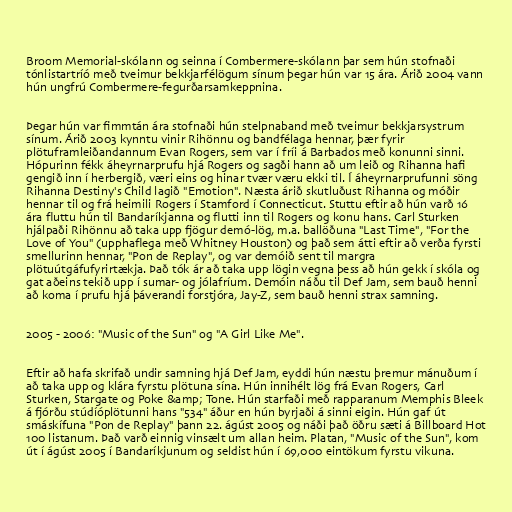
Broom Memorial-skólann og seinna í Combermere-skólann þar sem hún stofnaði
tónlistartríó með tveimur bekkjarfélögum sínum þegar hún var 15 ára. Árið 2004 vann
hún ungfrú Combermere-fegurðarsamkeppnina.

Þegar hún var fimmtán ára stofnaði hún stelpnaband með tveimur bekkjarsystrum
sínum. Árið 2003 kynntu vinir Rihönnu og bandfélaga hennar, þær fyrir
plötuframleiðandannum Evan Rogers, sem var í fríi á Barbados með konunni sinni.
Hópurinn fékk áheyrnarprufu hjá Rogers og sagði hann að um leið og Rihanna hafi
gengið inn í herbergið, væri eins og hinar tvær væru ekki til. Í áheyrnarprufunni söng
Rihanna Destiny's Child lagið "Emotion". Næsta árið skutluðust Rihanna og móðir
hennar til og frá heimili Rogers í Stamford í Connecticut. Stuttu eftir að hún varð 16
ára fluttu hún til Bandaríkjanna og flutti inn til Rogers og konu hans. Carl Sturken
hjálpaði Rihönnu að taka upp fjögur demó-lög, m.a. ballöðuna "Last Time", "For the
Love of You" (upphaflega með Whitney Houston) og það sem átti eftir að verða fyrsti
smellurinn hennar, "Pon de Replay", og var demóið sent til margra
plötuútgáfufyrirtækja. Það tók ár að taka upp lögin vegna þess að hún gekk í skóla og
gat aðeins tekið upp í sumar- og jólafríum. Demóin náðu til Def Jam, sem bauð henni
að koma í prufu hjá þáverandi forstjóra, Jay-Z, sem bauð henni strax samning.

2005 - 2006: "Music of the Sun" og "A Girl Like Me".

Eftir að hafa skrifað undir samning hjá Def Jam, eyddi hún næstu þremur mánuðum í
að taka upp og klára fyrstu plötuna sína. Hún innihélt lög frá Evan Rogers, Carl
Sturken, Stargate og Poke &amp; Tone. Hún starfaði með rapparanum Memphis Bleek
á fjórðu stúdíóplötunni hans "534" áður en hún byrjaði á sinni eigin. Hún gaf út
smáskífuna "Pon de Replay" þann 22. ágúst 2005 og náði það öðru sæti á Billboard Hot
100 listanum. Það varð einnig vinsælt um allan heim. Platan, "Music of the Sun", kom
út í ágúst 2005 í Bandaríkjunum og seldist hún í 69,000 eintökum fyrstu vikuna.